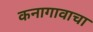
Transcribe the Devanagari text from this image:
कनागावाचा